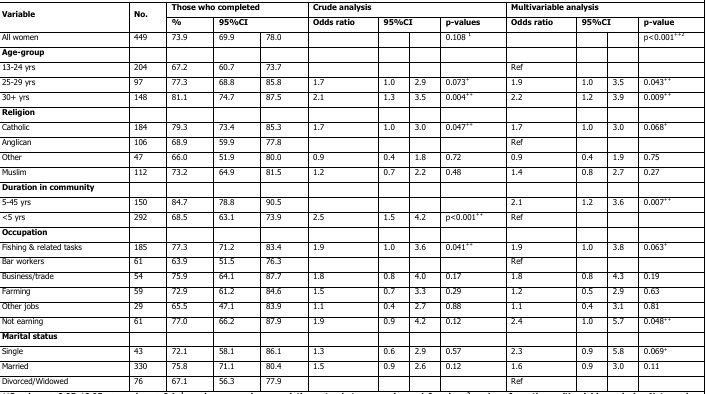
<table><thead><tr><td rowspan="2"><b>Variable</b></td><td rowspan="2"><b>No.</b></td><td colspan="3"><b>Those who completed</b></td><td colspan="4"><b>Crude analysis</b></td><td colspan="4"><b>Multivariable analysis</b></td></tr><tr><td><b>%</b></td><td colspan="2"><b>95%CI</b></td><td><b>Odds ratio</b></td><td colspan="2"><b>95%CI</b></td><td><b>p-values</b></td><td><b>Odds ratio</b></td><td colspan="2"><b>95%CI</b></td><td><b>p-value</b></td></tr></thead><tbody><tr><td>All women</td><td>449</td><td>73.9</td><td>69.9</td><td>78.0</td><td></td><td></td><td></td><td>0.108 <sup>1</sup></td><td></td><td></td><td></td><td>p &lt; 0.001<sup>++2</sup></td></tr><tr><td><b>Age-group</b></td><td></td><td></td><td></td><td></td><td></td><td></td><td></td><td></td><td></td><td></td><td></td><td></td></tr><tr><td>13-24 yrs</td><td>204</td><td>67.2</td><td>60.7</td><td>73.7</td><td></td><td></td><td></td><td></td><td>Ref</td><td></td><td></td><td></td></tr><tr><td>25-29 yrs</td><td>97</td><td>77.3</td><td>68.8</td><td>85.8</td><td>1.7</td><td>1.0</td><td>2.9</td><td>0.073<sup>+</sup></td><td>1.9</td><td>1.0</td><td>3.5</td><td>0.043<sup>++</sup></td></tr><tr><td>30+ yrs</td><td>148</td><td>81.1</td><td>74.7</td><td>87.5</td><td>2.1</td><td>1.3</td><td>3.5</td><td>0.004<sup>++</sup></td><td>2.2</td><td>1.2</td><td>3.9</td><td>0.009<sup>++</sup></td></tr><tr><td><b>Religion</b></td><td></td><td></td><td></td><td></td><td></td><td></td><td></td><td></td><td></td><td></td><td></td><td></td></tr><tr><td>Catholic</td><td>184</td><td>79.3</td><td>73.4</td><td>85.3</td><td>1.7</td><td>1.0</td><td>3.0</td><td>0.047<sup>++</sup></td><td>1.7</td><td>1.0</td><td>3.0</td><td>0.068<sup>+</sup></td></tr><tr><td>Anglican</td><td>106</td><td>68.9</td><td>59.9</td><td>77.8</td><td></td><td></td><td></td><td></td><td>Ref</td><td></td><td></td><td></td></tr><tr><td>Other</td><td>47</td><td>66.0</td><td>51.9</td><td>80.0</td><td>0.9</td><td>0.4</td><td>1.8</td><td>0.72</td><td>0.9</td><td>0.4</td><td>1.9</td><td>0.75</td></tr><tr><td>Muslim</td><td>112</td><td>73.2</td><td>64.9</td><td>81.5</td><td>1.2</td><td>0.7</td><td>2.2</td><td>0.48</td><td>1.4</td><td>0.8</td><td>2.7</td><td>0.27</td></tr><tr><td><b>Duration in community</b></td><td></td><td></td><td></td><td></td><td></td><td></td><td></td><td></td><td></td><td></td><td></td><td></td></tr><tr><td>5-45 yrs</td><td>150</td><td>84.7</td><td>78.8</td><td>90.5</td><td></td><td></td><td></td><td></td><td>2.1</td><td>1.2</td><td>3.6</td><td>0.007<sup>++</sup></td></tr><tr><td>&lt;5 yrs</td><td>292</td><td>68.5</td><td>63.1</td><td>73.9</td><td>2.5</td><td>1.5</td><td>4.2</td><td>p &lt; 0.001<sup>++</sup></td><td>Ref</td><td></td><td></td><td></td></tr><tr><td><b>Occupation</b></td><td></td><td></td><td></td><td></td><td></td><td></td><td></td><td></td><td></td><td></td><td></td><td></td></tr><tr><td>Fishing &amp; related tasks</td><td>185</td><td>77.3</td><td>71.2</td><td>83.4</td><td>1.9</td><td>1.0</td><td>3.6</td><td>0.041<sup>++</sup></td><td>1.9</td><td>1.0</td><td>3.8</td><td>0.063<sup>+</sup></td></tr><tr><td>Bar workers</td><td>61</td><td>63.9</td><td>51.5</td><td>76.3</td><td></td><td></td><td></td><td></td><td>Ref</td><td></td><td></td><td></td></tr><tr><td>Business/trade</td><td>54</td><td>75.9</td><td>64.1</td><td>87.7</td><td>1.8</td><td>0.8</td><td>4.0</td><td>0.17</td><td>1.8</td><td>0.8</td><td>4.3</td><td>0.19</td></tr><tr><td>Farming</td><td>59</td><td>72.9</td><td>61.2</td><td>84.6</td><td>1.5</td><td>0.7</td><td>3.3</td><td>0.29</td><td>1.2</td><td>0.5</td><td>2.9</td><td>0.63</td></tr><tr><td>Other jobs</td><td>29</td><td>65.5</td><td>47.1</td><td>83.9</td><td>1.1</td><td>0.4</td><td>2.7</td><td>0.88</td><td>1.1</td><td>0.4</td><td>3.1</td><td>0.81</td></tr><tr><td>Not earning</td><td>61</td><td>77.0</td><td>66.2</td><td>87.9</td><td>1.9</td><td>0.9</td><td>4.2</td><td>0.12</td><td>2.4</td><td>1.0</td><td>5.7</td><td>0.048<sup>++</sup></td></tr><tr><td><b>Marital status</b></td><td></td><td></td><td></td><td></td><td></td><td></td><td></td><td></td><td></td><td></td><td></td><td></td></tr><tr><td>Single</td><td>43</td><td>72.1</td><td>58.1</td><td>86.1</td><td>1.3</td><td>0.6</td><td>2.9</td><td>0.57</td><td>2.3</td><td>0.9</td><td>5.8</td><td>0.069<sup>+</sup></td></tr><tr><td>Married</td><td>330</td><td>75.8</td><td>71.1</td><td>80.4</td><td>1.5</td><td>0.9</td><td>2.6</td><td>0.12</td><td>1.6</td><td>0.9</td><td>3.0</td><td>0.11</td></tr><tr><td>Divorced/Widowed</td><td>76</td><td>67.1</td><td>56.3</td><td>77.9</td><td></td><td></td><td></td><td></td><td>Ref</td><td></td><td></td><td></td></tr></tbody></table>